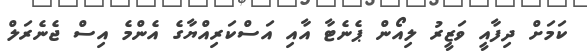
ކަމަށް ދިފާއީ ވަޒީރު ލިއޯން ޕެނެޓާ އާއި އަސްކަރިއްޔާގެ އެންމެ އިސް ޖެނެރަލް